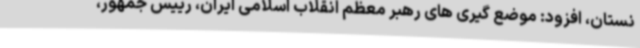
نستان، افزود: موضع گیری های رهبر معظم انقلاب اسلامی ایران، رییس جمهور،